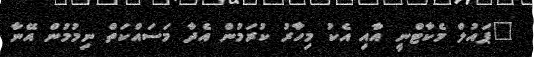
"ޕައުލް މެކާޓްނީ އާއި އެކު މިހާރު ކުރަމުން އެދާ މަސައްކަތް ނިމުމުން އޭނާ